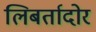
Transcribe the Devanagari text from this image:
लिबर्तादोर